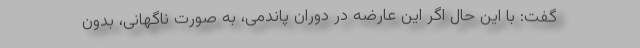
گفت: با این حال اگر این عارضه در دوران پاندمی، به صورت ناگهانی، بدون